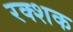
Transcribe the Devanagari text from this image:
रक्शक